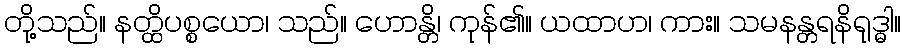
တို့သည်။ နတ္ထိပစ္စယော၊ သည်။ ဟောန္တိ၊ ကုန်၏။ ယထာဟ၊ ကား။ သမနန္တရနိရုဒ္ဓါ။